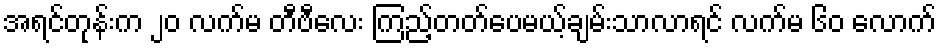
အရင်တုန်းက ၂၀ လက်မ တီဗီလေး ကြည့်တတ်ပေမယ့်ချမ်းသာလာရင် လက်မ ၆၀ လောက်